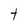
Character: t